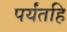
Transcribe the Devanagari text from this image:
पर्यंतहि